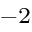
^ { - 2 }